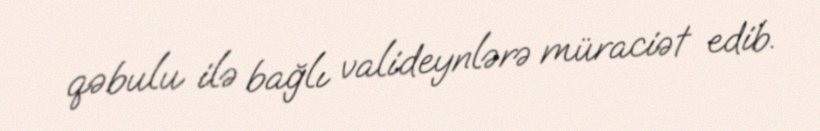
qəbulu ilə bağlı valideynlərə müraciət edib.